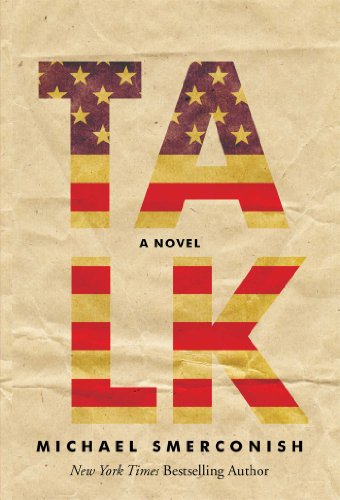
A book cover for Talk: A Novel; Michael  A. Smerconish; Humor & Entertainment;